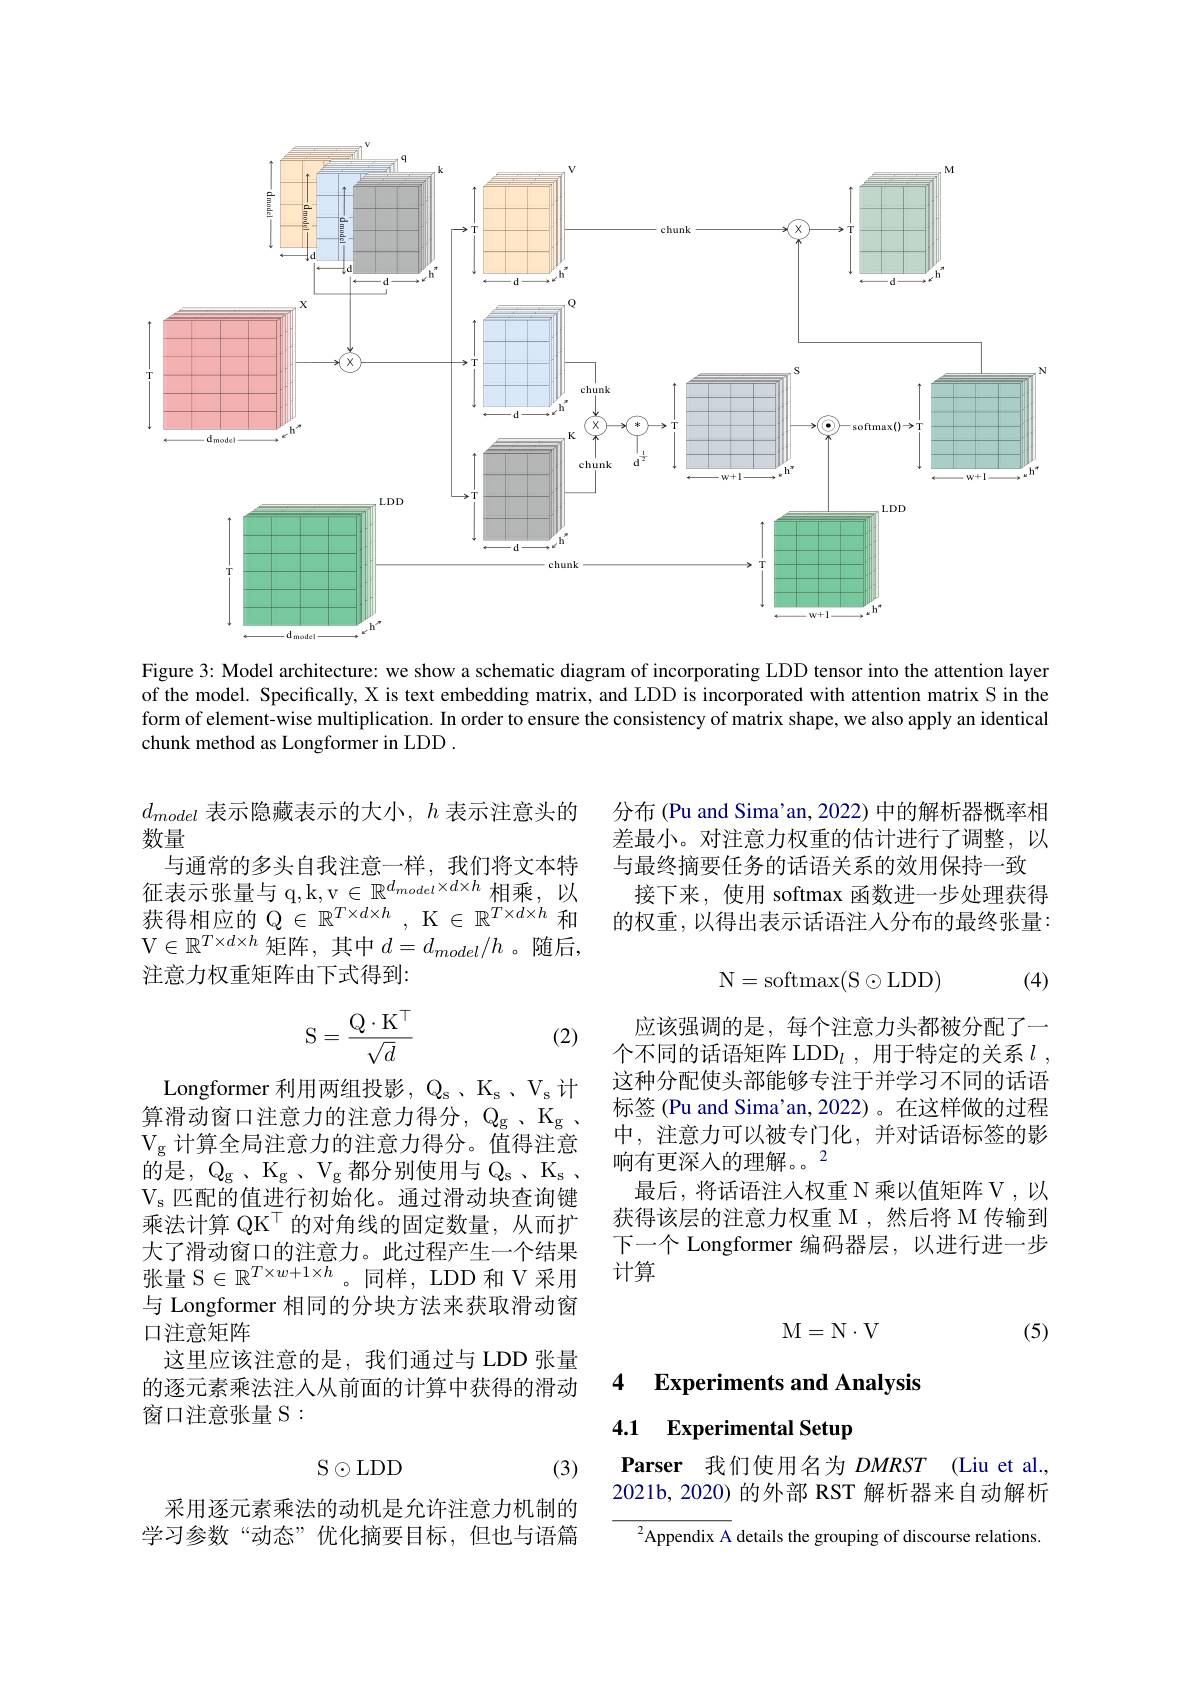
<FigureHere>

Figure 3: Model architecture: we show a schematic diagram of incorporating LDD tensor into the attention layer of the model. Specifically, X is text embedding matrix, and LDD is incorporated with attention matrix S in the form of element-wise multiplication. In order to ensure the consistency of matrix shape, we also apply an identical chunk method as Longformer in LDD .

分布 (Pu and Sima'an, 2022) 中的解析器概率相差最小。对注意力权重的估计进行了调整，以与最终摘要任务的话语关系的效用保持一致
接下来，使用 softmax 函数进一步处理获得的权重，以得出表示话语注人分布的最终张量：

$d_{model}$表示隐藏表示的大小，$h$表示注意头的
数量
与通常的多头自我注意一样，我们将文本特征表示张量与 q,k,v$\in\mathbb{R}^d_{model}\times d\times h$相乘，以获得相应的 Q $\in\mathbb{R}^T\times d\times h~,~\mathcal{K}\in\mathbb{R}^{T\times d\times h}$和V$\in \mathbb{R} ^T\times d\times h$矩阵，其中$d=d_model/h$ 。随后， 注意力权重矩阵由下式得到：
$$\mathrm N=\mathrm sof\mathrm tmax(\mathrm S\odot\mathrm L\mathrm D\mathrm D)$$
(4)
$$\mathrm S=\frac{\mathrm Q\cdot\mathrm K^\top}{\sqrt{d}}$$
(2)

应该强调的是，每个注意力头都被分配了一个不同的话语矩阵 LDD$_l$,用于特定的关系$l$, 这种分配使头部能够专注于并学习不同的话语标签 (Pu and Sima'an, 2022)。在这样做的过程中，注意力可以被专门化，并对话语标签的影响有更深入的理解。。2
最后，将话语注入权重 N 乘以值矩阵 V ,以获得该层的注意力权重 M ,然后将 M 传输到下一个 Longformer 编码器层，以进行进一步计算

Longformer 利用两组投影 , $\mathbb{Q}_\mathrm{s}$ 、$\mathbb{K}_\mathrm{s}$ 、$\mathbb{V}_\mathrm{s}$计算滑动窗口注意力的注意力得分，Q_g~,~K_g~, $V_g$计算全局注意力的注意力得分。值得注意的是，$Q_g$ , $K_g$ , $V_g$ 都 分 别 使 用 与 $Q_s$ , $K_s$ $V_s$ 匹配的值进行初始化。通过滑动块查询键乘法计算 QK$^{\top}$的对角线的固定数量，从而扩大了滑动窗口的注意力。此过程产生一个结果张量 S$\in\mathbb{R}^T\times w+1\times h$。同样，LDD 和 V 采用与 Longformer 相同的分块方法来获取滑动窗口注意矩阵
这里应该注意的是，我们通过与 LDD 张量的逐元素乘法注人从前面的计算中获得的滑动窗口注意张量 S :
$$\mathrm M=\mathrm N\cdot\mathrm V$$
(5)

4 Experiments and Analysis
### 4.1 Experimental Setup
$$\text{S O LDD}$$
(3)

$\textbf{Parser 我 们 使 用 名 为 }DMRST$ (Liu et al. 2021b, 2020) 的外部 RST 解析器来自动解析

采用逐元素乘法的动机是允许注意力机制的学习参数“动态”优化摘要目标，但也与语篇

${}^{2}{\mathrm{Appendix~A~details~the~grouping~of~discourse~relations}}$